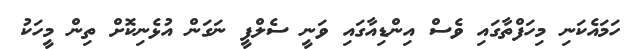
ހަމައެކަނި މިހަފްތާގައި ވެސް އިންޑިއާގައި ވަނީ ސެލްފީ ނަގަން އުޅެނިކޮށް ތިން މީހަކު